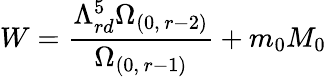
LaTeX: W=\frac{\Lambda_{rd}^{5}\Omega_{(0,\, r-2)}}{\Omega_{(0,\, r-1)}}+m_{0}M_{0}